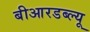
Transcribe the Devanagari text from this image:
बीआरडब्ल्यू